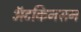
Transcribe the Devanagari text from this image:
अॅटकिनसन